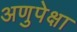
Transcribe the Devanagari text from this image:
अणुपेक्षा